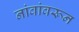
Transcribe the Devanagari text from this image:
नांवांवरून